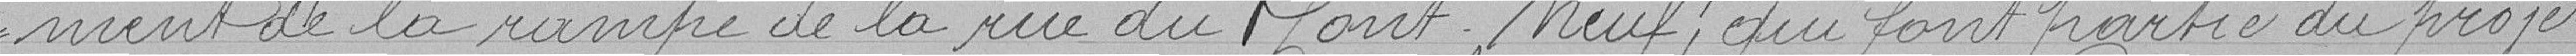
ment de la rampe de la rue du Pont Neuf; qui font partie du projet